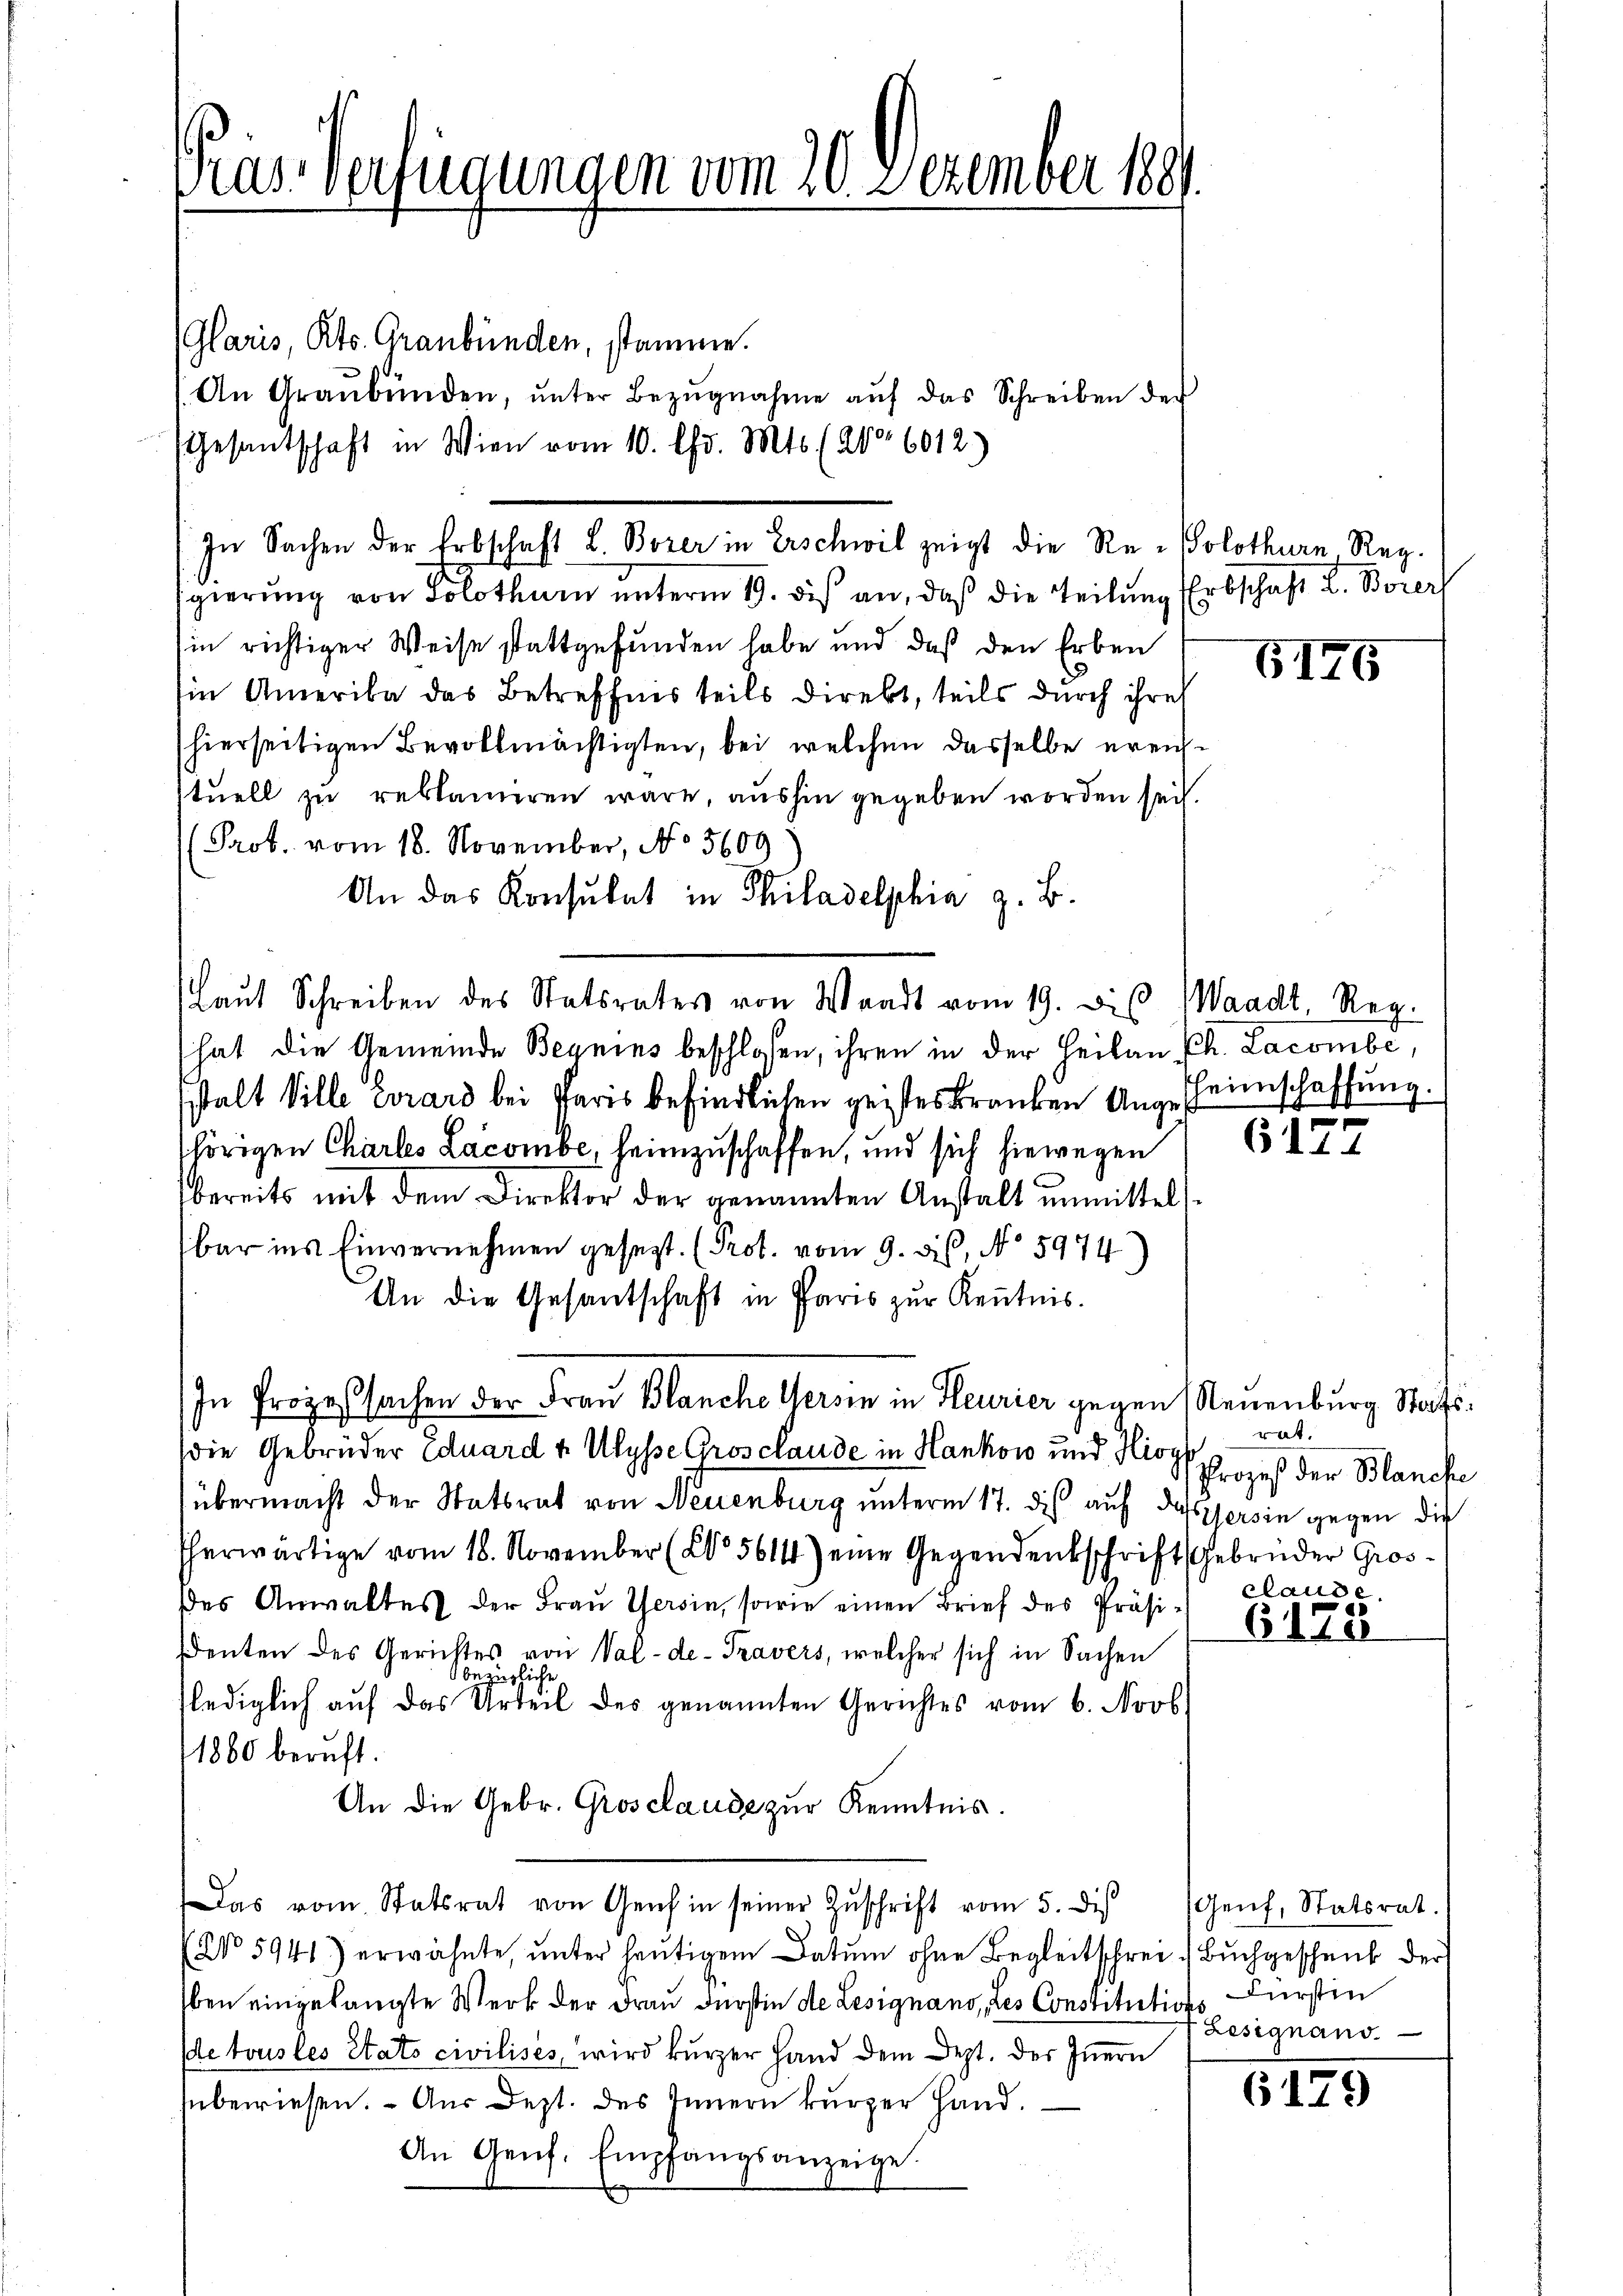
Pras Verfügungen vom 20. Dezember 1891.

(Glaris, Kts. Graubünden, stamme.
(An Graubünden, ŭnter Bezŭgnahme aŭf das Schreiben der
.
gierung von Solothur unterm 19. di an, daß die Teilung
in richtiger Weise stattgefunden habe und daß den Erben
Ein Amerika das Betreffnis teils direkt, teils durch ihres
hierseitigen Bevollmächtigten, bei welchen dasselbe ereisstuell zu reklamiren wäre, aushin gegeben worden sei.
Prob. vom 18. November, No 5609
An das Konsulat in Philadelphia z. B.
Laut Schreiben des Statsrates von Waadt vom 19. Die Waadt, Reg.
hat die Gemeinde Begnens beschlossen, ihren in der Heilan Ph. Lacombe,
stalt Ville urard bei Paris befindlichen geisteskranken Angeheimschaffung.
shörigen Charles Lacombe, heimzuschaffen, und sich hiewegen
bereits mit dem Direktor der genannten Anstalt unmittels
bar ins Einvernehmen gesezt. (Prot. vom 9. dis, No 5974
An die Gesantschaft in Paris zur Kenntnis.
In Prozessachen der Frau Blanche Gersin in Heurier gegen Neuenburg Staatsdie Gebrüder Eduard & Ulysse Grosclaude in Hankow und Hioy
übermacht der Statsrat von Neuenburg unterm 17. dis auf dassers in gegen die
herwärtige vom 18. November (No 5614) eine Gegendenkschrift Gebrüder Gros
des Anwaltes der Fraŭ Versin, sowie einen Brief des Präsidenten des Gerichtes von Val-de- Travers, welcher sich in Sachen
bezügliche
lediglich auf das Urteil des genannten Gerichtes vom 6. Novb
1880 beruft.
An die Gebr. Grosclaude zur Kenntnis.
Das vom Statsrat von Genf in seiner Zŭschrift vom 5. des Genf. Statsrat.
(No 5941) erwähnte, ŭnter heŭtigem Datum ohne Begleitschrei Buchgeschenk der
ben eingelangte Werk der Frau Fürstin de Lesignano, des Constitutions Fürstin
De tous les Stato civilises, wird kurzer Hand dem Dept. des Innern
überwiesen. - Aus Dept. des Innern kurzer Hand.
An Genf. Empfangsanzeige.

Gesantschaft in Wien vom 10. Chr. Mts. (Apoo 6012)
In Sachen der Erbschaft L. Borer in Erschwil zeigt die Re-Solothurn Reg.

Erbschaft u. Borers

6176

d

6177

rat.
Prozeß der Blanche
clause.

6173

Zesignand.

6179